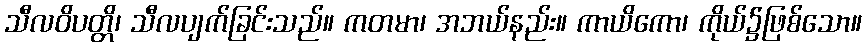
သီလဝိပတ္တိ၊ သီလပျက်ခြင်းသည်။ ကတမာ၊ အဘယ်နည်း။ ကာယိကော၊ ကိုယ်၌ဖြစ်သော။